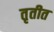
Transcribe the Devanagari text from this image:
तृतीत